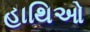
હાથિઓ